Scottish Leaving Certificate Examination, 1958
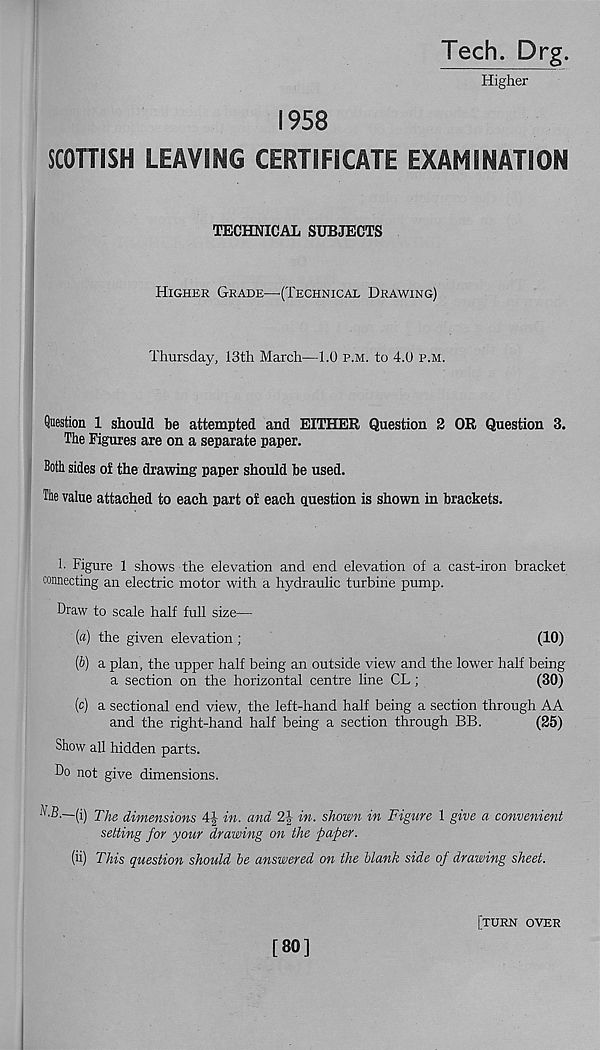
Tech. Drg.
Higher
1958
SCOTTISH LEAVING CERTIFICATE EXAMINATION
TECHNICAL SUBJECTS
Higher Grade—•(Technical Drawing)
Thursday, 13th March—1.0 p.m. to 4.0 p.m.
Question 1 should be attempted and EITHER Question 2 OR Question 3.
The Figures are on a separate paper.
Both sides of the drawing paper should be used.
The value attached to each part of each question is shown in brackets.
1- Figure 1 shows the elevation and end elevation of a cast-iron bracket
connecting an electric motor with a hydraulic turbine pump.
Draw to scale half full size—
(a) the given elevation ;
(10)
(b) a plan, the upper half being an outside view and the lower half being
a section on the horizontal centre line CL;
(30)
(c) a sectional end view, the left-hand half being a section through AA
and the right-hand half being a section through BB.
(25)
Show all hidden parts.
Do not give dimensions.
•LB.—(i) 77 ?g dimensions 4f in. and 2f in. shown in Figure 1 give a convenient
setting for your drawing on the paper.
(ii) This question should be answered on the blank side of drawing sheet.
[80]
[turn over